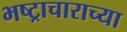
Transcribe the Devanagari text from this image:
भष्ट्राचाराच्या